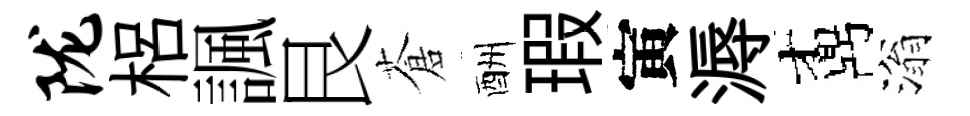
陇梠諷艮蒼酬瑕寅溽鼒滃